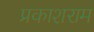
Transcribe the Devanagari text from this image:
प्रकाशराम